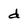
Character: d